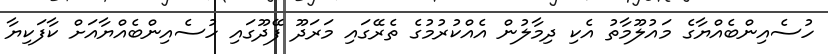
ހުސެއިންބެއްޔާގެ މައުލޫމާތު އެކި ދިމާލުން އެއްކުރުމުގެ ތެރޭގައި މަރަދޫ ފޭދޫގައި ހުސެއިންބެއްޔާއަށް ކާފަކިޔާ